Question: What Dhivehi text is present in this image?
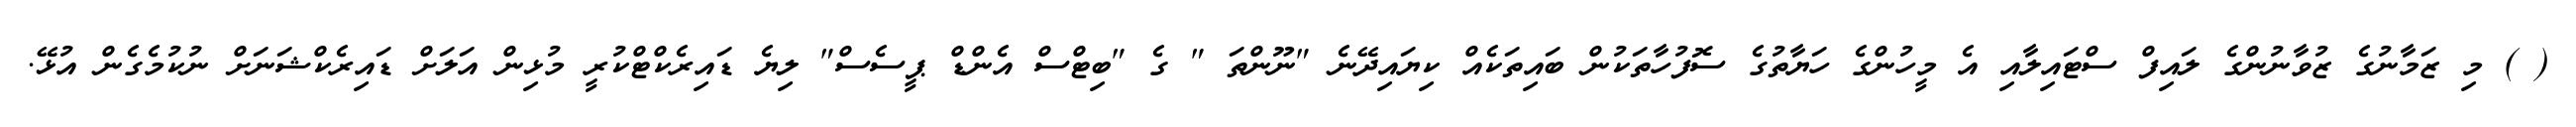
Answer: ( ) މި ޒަމާނުގެ ޒުވާނުންގެ ލައިފް ސްޓައިލާއި އެ މީހުންގެ ހަޔާތުގެ ސޮފުހާތަކުން ބައިތަކެއް ކިޔައިދޭނެ "ނޫންތަ " ގެ "ބިޓްސް އެންޑް ޕީސެސް" ލިޔެ ޑައިރެކްޓްކުރީ މުޅިން އަލަށް ޑައިރެކްޝަނަށް ނުކުމެގެން އުޅޭ.